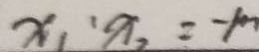
x _ { 1 } ^ { \prime } x _ { 2 } = - 1 m